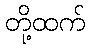
တို့ထက်